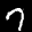
Label: 7